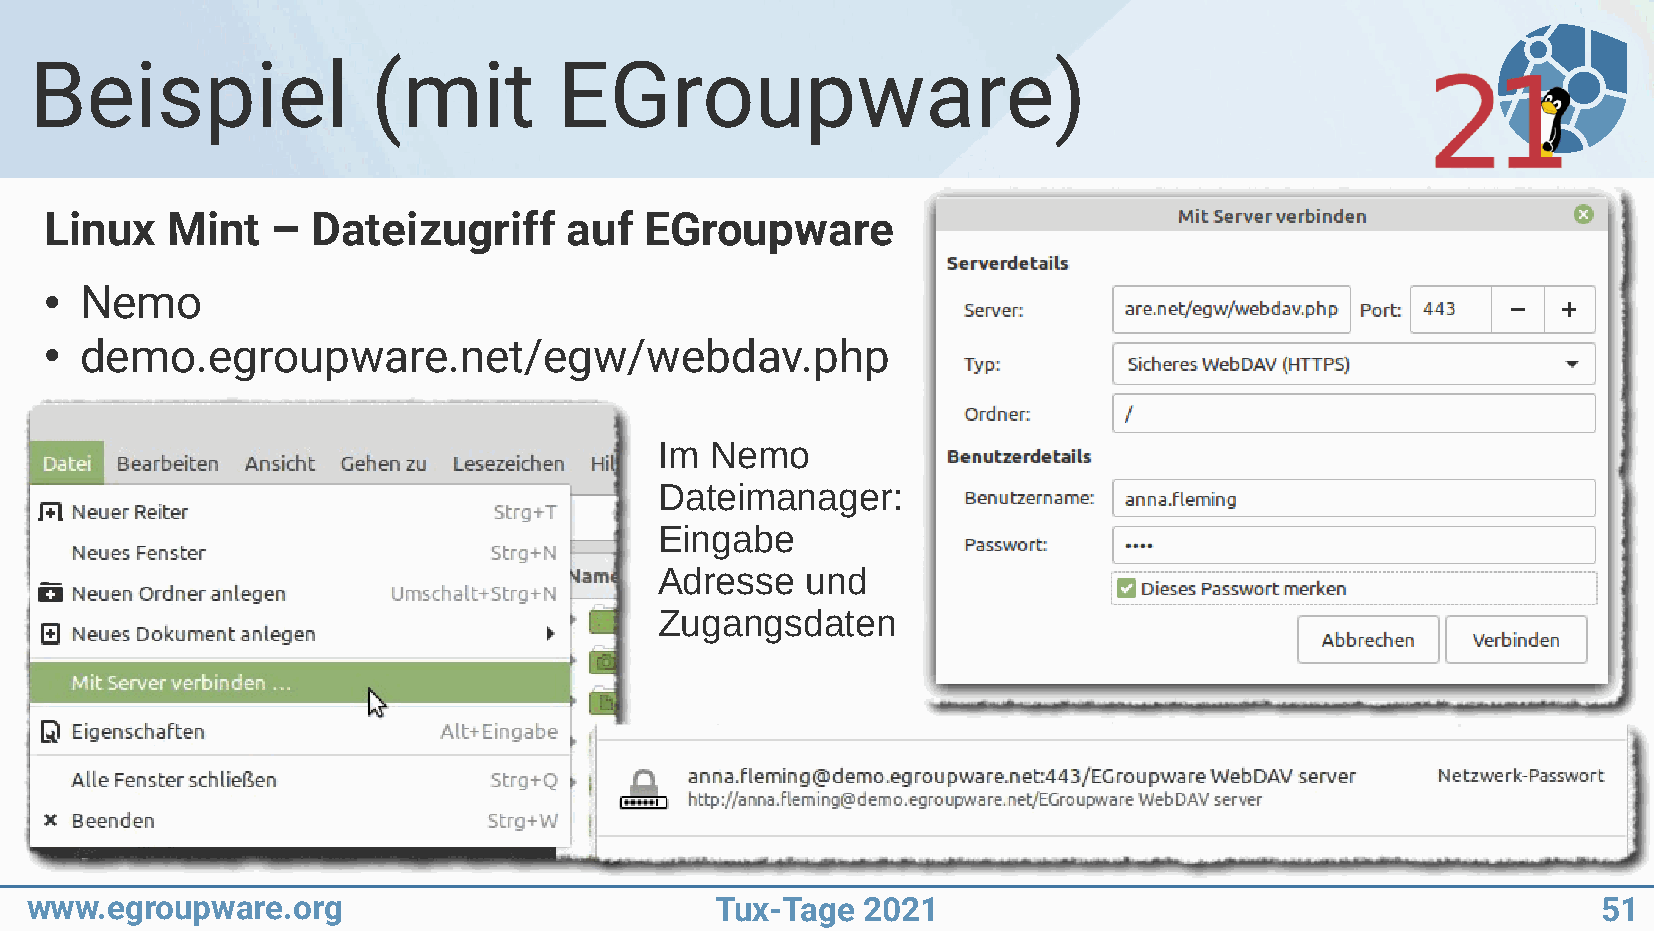
Beispiel               (mit        EGroupware)
 Linux   Mint   –  Dateizugriff     auf  EGroupware
 Nemo
 ●
 demo.egroupware.net/egw/webdav.php
 ●
 Im Nemo
 Dateimanager:
 Eingabe
 Adresse  und
 Zugangsdaten
 www.egroupware.org                           Tux-Tage  2021                                             51